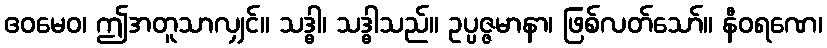
ဧဝမေဝ၊ ဤအတူသာလျှင်။ သဒ္ဓါ၊ သဒ္ဓါသည်။ ဥပ္ပဇ္ဇမာနာ၊ ဖြစ်လတ်သော်။ နီဝရဏေ၊